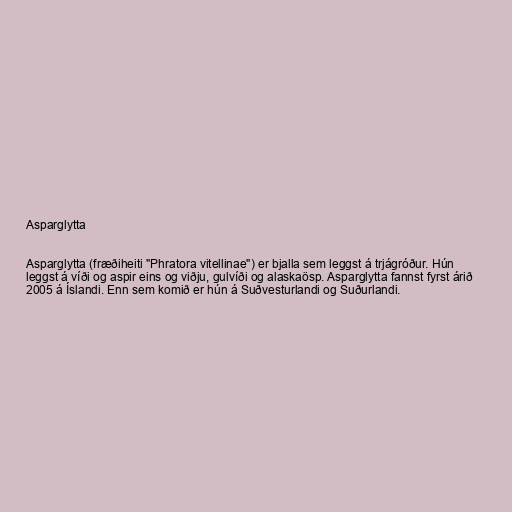
Asparglytta

Asparglytta (fræðiheiti "Phratora vitellinae") er bjalla sem leggst á trjágróður. Hún
leggst á víði og aspir eins og viðju, gulvíði og alaskaösp. Asparglytta fannst fyrst árið
2005 á Íslandi. Enn sem komið er hún á Suðvesturlandi og Suðurlandi.